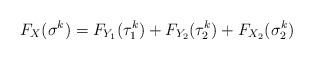
LaTeX: \begin{align*}F_X(\sigma^k) = F_{Y_1}(\tau_1^k) + F_{Y_2}(\tau_2^k) + F_{X_2}(\sigma_2^k) \end{align*}